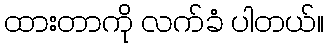
ထားတာကို လက်ခံ ပါတယ်။